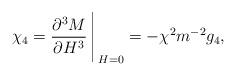
LaTeX: \begin{align*}\chi_4 = {\partial^3M \over{\partial H^3}} \Bigg\arrowvert_{H = 0} = - \chi^2 m^{-2} g_4, \qquad \quad \\\end{align*}